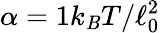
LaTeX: \alpha=1k_{\mathit{B}}T/\ell_{0}^{2}